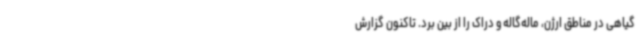
گیاهی در مناطق ارژن، ماله‌گاله و دراک را از بین برد. تاکنون گزارش